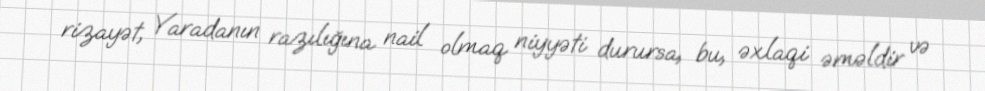
rizayət, Yaradanın razılığına nail olmaq niyyəti durursa, bu, əxlaqi əməldir və